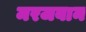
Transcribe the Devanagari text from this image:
मरजबान